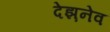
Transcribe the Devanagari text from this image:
देझ़नेव